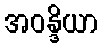
အဝန္ဒိယာ